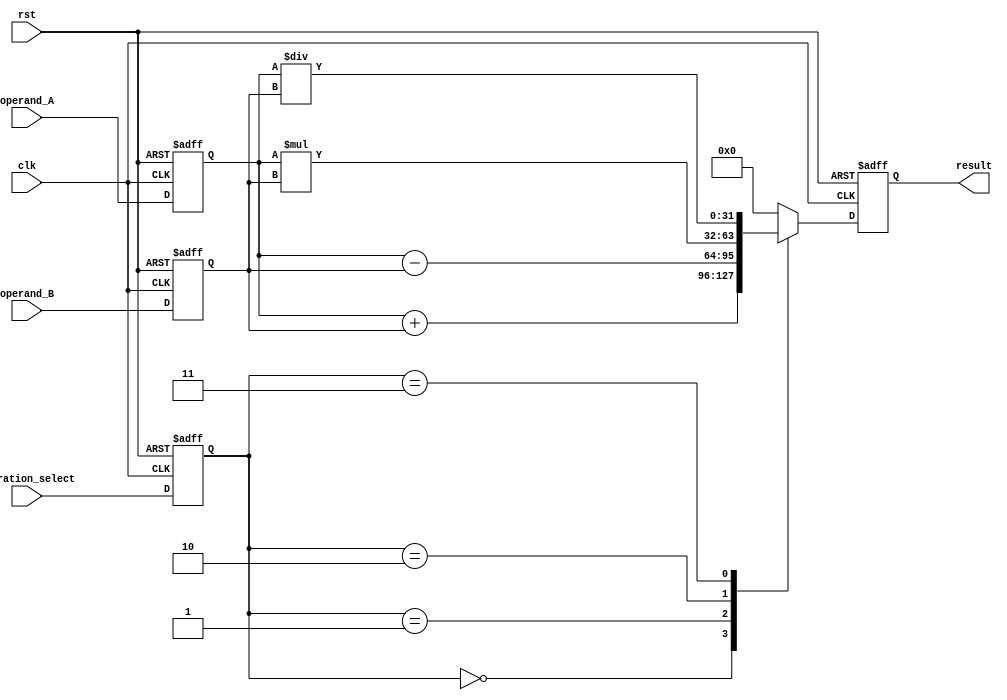
module arbitrary_precision_fp_unit (
    input clk,
    input rst,
    input [31:0] operand_A,
    input [31:0] operand_B,
    input [2:0] operation_select,
    output reg [31:0] result
);

reg [31:0] operand_A_reg;
reg [31:0] operand_B_reg;
reg [2:0] operation_reg;

always @(posedge clk or posedge rst) begin
    if (rst) begin
        operand_A_reg <= 32'b0;
        operand_B_reg <= 32'b0;
        operation_reg <= 3'b0;
        result <= 32'b0;
    end else begin
        operand_A_reg <= operand_A;
        operand_B_reg <= operand_B;
        operation_reg <= operation_select;
        
        case (operation_reg)
            3'b000: result <= operand_A_reg + operand_B_reg; // addition
            3'b001: result <= operand_A_reg - operand_B_reg; // subtraction
            3'b010: result <= operand_A_reg * operand_B_reg; // multiplication
            3'b011: result <= operand_A_reg / operand_B_reg; // division
            default: result <= 32'b0;
        endcase
    end
end

endmodule